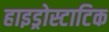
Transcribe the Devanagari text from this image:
हाइड्रोस्टाटिक